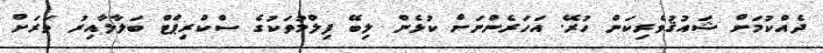
ދެއްކުމަށް ޝައުޤުވެރިކަން ހުރޭ. އަހަރެންނަށް ކުޅެން ލިބޭ ފިލްމުތަކުގެ ސްކްރިޕްޓް ބަލާލާއިރު ވަރަށް